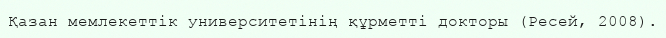
Қазан мемлекеттік университетінің құрметті докторы (Ресей, 2008).